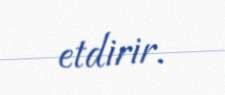
etdirir.